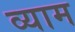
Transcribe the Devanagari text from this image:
व्याम